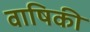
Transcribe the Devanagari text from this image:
वाषिकी